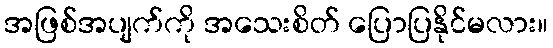
အဖြစ်အပျက်ကို အသေးစိတ် ပြောပြနိုင်မလား။